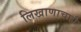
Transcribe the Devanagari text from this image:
लिखाणाचाही